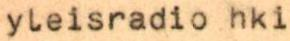
yleisradio hki